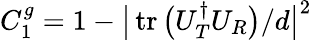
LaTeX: C_{1}^{g}=1-\big|\operatorname{tr}\big(U_{T}^{\dagger}U_{R}\big)/d\big|^{2}